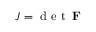
J = \mathrm { ~ d ~ e ~ t ~ } \, \mathbf { F }